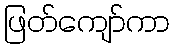
ဖြတ်ကျော်ကာ